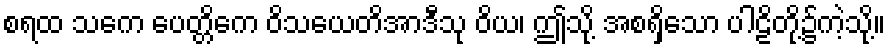
စရထ သကေ ပေတ္တိကေ ဝိသယေတိအာဒီသု ဝိယ၊ ဤသို့ အစရှိသော ပါဠိတို့၌ကဲ့သို့။